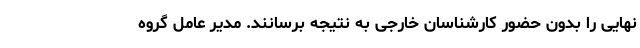
نهایی را بدون حضور کارشناسان خارجی به نتیجه برسانند. مدیر عامل گروه